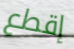
إقطع